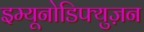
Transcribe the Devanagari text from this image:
इम्यूनोडिफ्युज़न